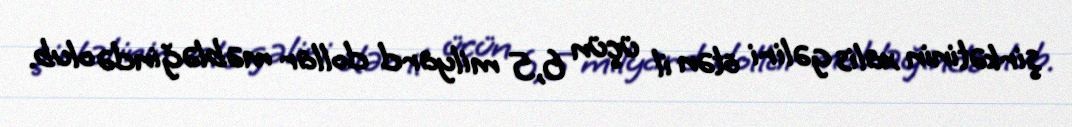
şirkətinin xalis gəliri ötən il üçün 6,5 milyard dollar məbləğində olub.